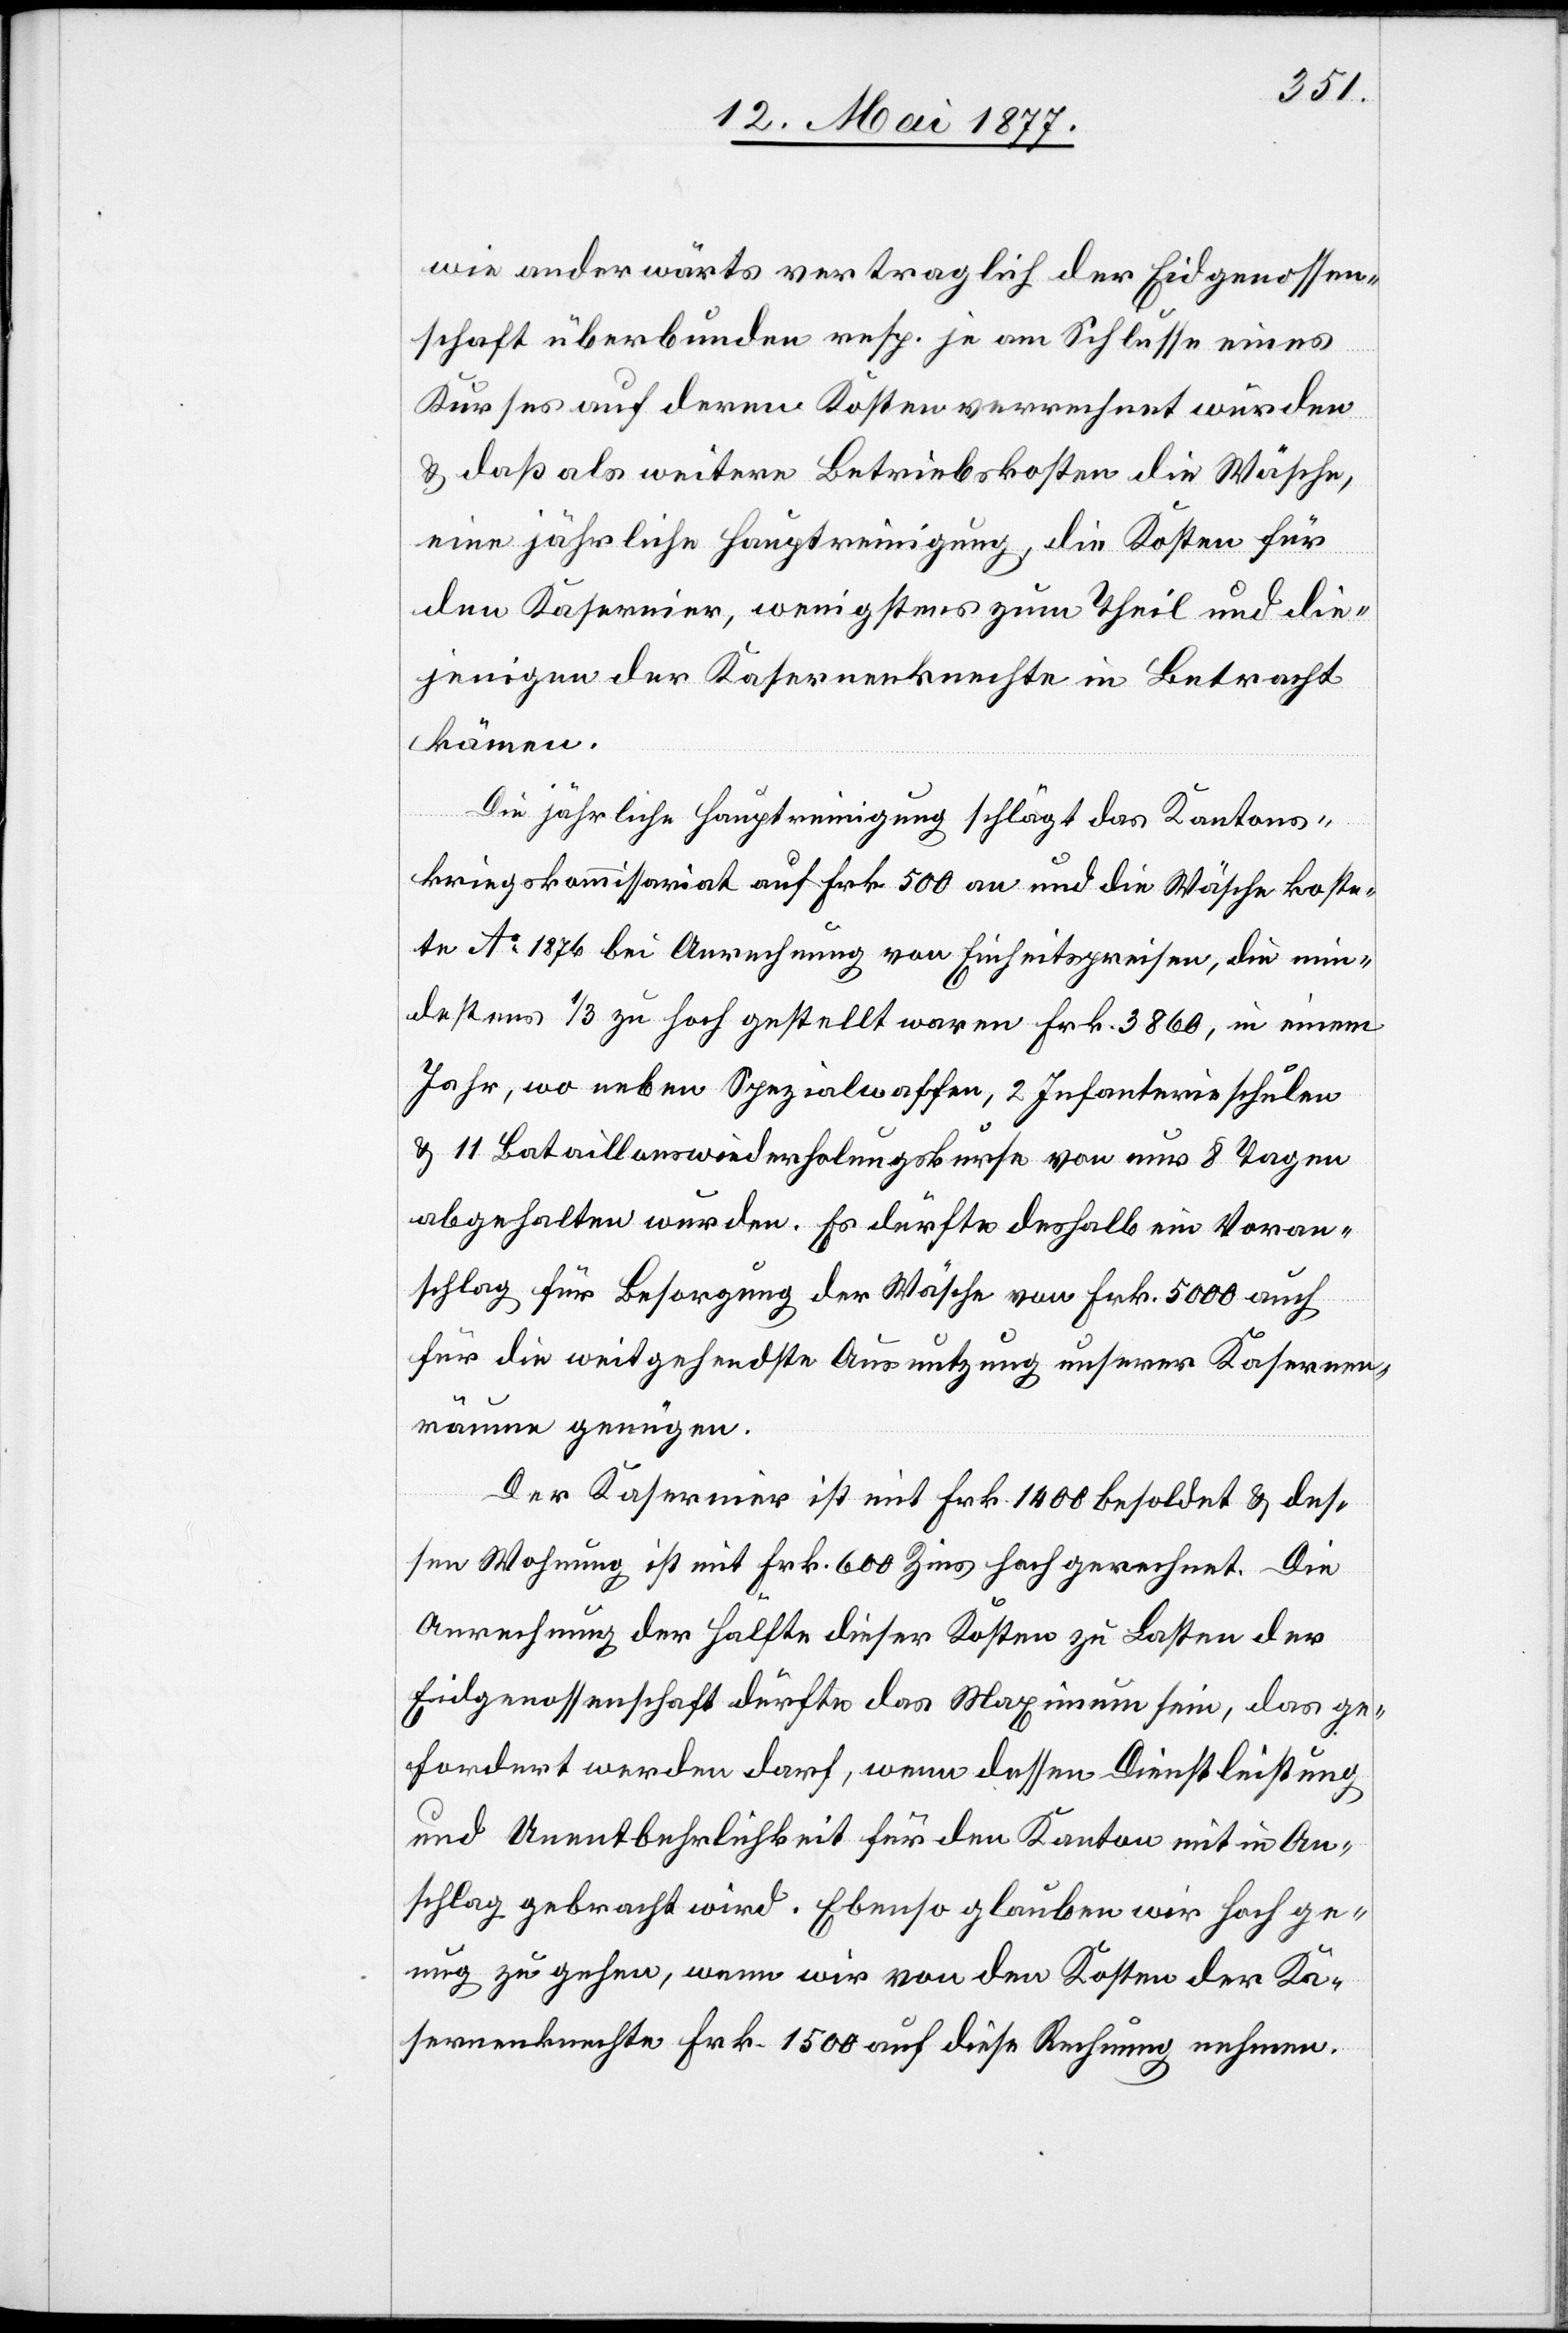
wie anderwärts vertraglich der Eidgenossen¬
schaft überbunden resp. je am Schlusse eines
Kurses auf deren Kosten verrechnet würden
& daß als weitere Betriebskosten die Wäsche,
eine jährliche Hauptreinigung, die Kosten für
den Kasernier, wenigstens zum Theil und die¬
jenigen der Kasernenknechte in Betracht
kämen.
Die jährliche Hauptreinigung schlägt das Kantons¬
kriegskommissariat auf Frk. 500 an und die Wäsche koste¬
te Ao 1876 bei Anrechnung von Einheitspreisen, die min¬
destens 1/3 zu hoch gestellt waren Frk. 3860, in einem
Jahr, wo neben Spezialwaffen, 2 Infanterieschulen
& 11 Bataillonswiederholungskurse von nur 8 Tagen
abgehalten wurden. Es dürfte deshalb ein Voran¬
schlag für Besorgung der Wäsche von Frk. 5000 auch
für die weitgehendste Ausnutzung unserer Kasernen¬
räume genügen.
Der Kasernier ist mit Frk. 1400 besoldet & des¬
sen Wohnung ist mit Frk. 600 Zins hoch gerechnet. Die
Anrechnung der Hälfte dieser Kosten zu Lasten der
Eidgenossenschaft dürfte das Maximum sein, das ge¬
fordert werden darf, wenn dessen Dienstleistung
und Unentbehrlichkeit für den Kanton mit in An¬
schlag gebracht wird. Ebenso glauben wir hoch ge¬
nug zu gehen, wenn wir von den Kosten der Ka¬
sernenknechte Frk. 1500 auf diese Rechnung nehmen.